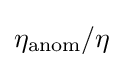
\eta _{\text{anom}}/\eta